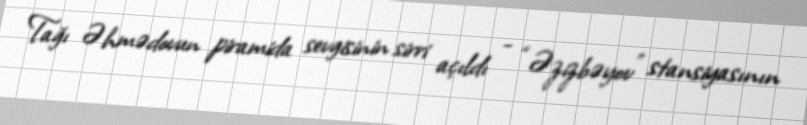
Tağı Əhmədovun piramida sevgisinin sirri açıldı - “Əzizbəyov” stansiyasının